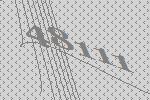
48111